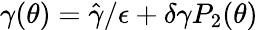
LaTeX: \gamma(\theta)=\hat{\gamma}/{\epsilon}+\delta\gamma P_{2}(\theta)